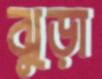
ঝুড়া